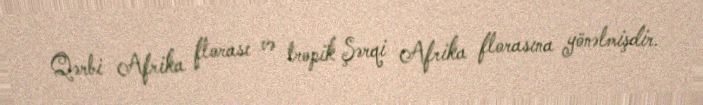
Qərbi Afrika florası və tropik Şərqi Afrika florasına yönəlmişdir.